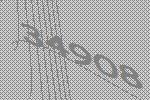
34908